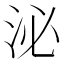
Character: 泌